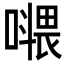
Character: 𡀧